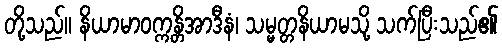
တို့သည်။ နိယာမာဝက္ကန္တိအာဒီနံ၊ သမ္မတ္တနိယာမသို့ သက်ပြီးသည်၏